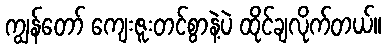
ကျွန်တော် ကျေးဇူးတင်စွာနဲ့ပဲ ထိုင်ချလိုက်တယ်။